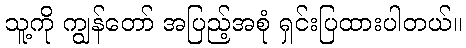
သူ့ကို ကျွန်တော် အပြည့်အစုံ ရှင်းပြထားပါတယ်။